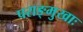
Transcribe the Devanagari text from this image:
पराङ्मुखाः